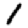
Digit: 1